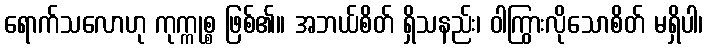
ရောက်သလောဟု ကုက္ကုစ္စ ဖြစ်၏။ အဘယ်စိတ် ရှိသနည်း၊ ဝါကြွားလိုသောစိတ် မရှိပါ၊